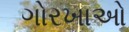
ગોરખાઓ